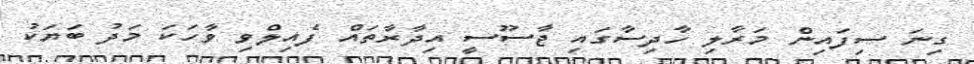
ގިނަ ސިފައިން މަރާލި ހާދިސާގައި ޖާސޫސީ އިދާރާތައް ފެއިލްވި ވާހަކަ މަދު ބަޔަކު